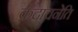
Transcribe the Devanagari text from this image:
कदाचनेति